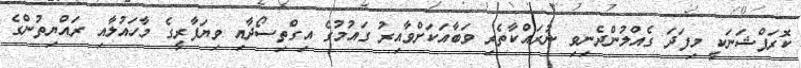
ކޮރަޕްޝަނަކީ މިފަދަ ގެއްލުންދެނިވި ނުރައްކާތެރި ވަބާއަކަށްވާއިރު ގައުމުގެ އިގްތިސޯދާއި ވިޔަފާރީގެ މާހައުލާއި ރައްޔިތުންގެ